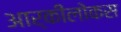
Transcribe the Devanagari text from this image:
आर्कीलोकस